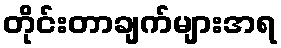
တိုင်းတာချက်များအရ